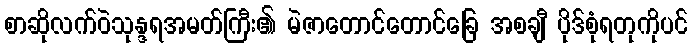
စာဆိုလက်ဝဲသုန္ဒရအမတ်ကြီး၏ မဲဇာတောင်တောင်ခြေ အစချီ ပိုဒ်စုံရတုကိုပင်